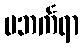
ပဘင်္ကရာ